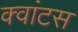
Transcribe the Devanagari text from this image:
क्‍वांटस